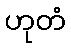
ဟုတံ